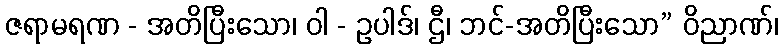
ဇရာမရဏ - အတိပြီးသော၊ ဝါ - ဥပါဒ်၊ ဌီ၊ ဘင်-အတိပြီးသော” ဝိညာဏ်၊